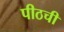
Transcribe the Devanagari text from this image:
पीठची